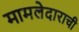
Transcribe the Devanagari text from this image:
मामलेदाराची